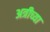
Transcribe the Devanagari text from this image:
अत्रीच्या